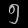
Digit: ၅